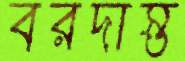
বরদাস্ত